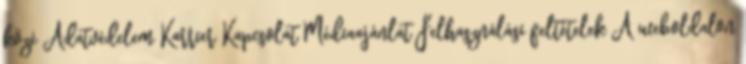
közé Adatvédelem Karrier Kapcsolat Médiaajánlat Felhasználási feltételek A weboldalon